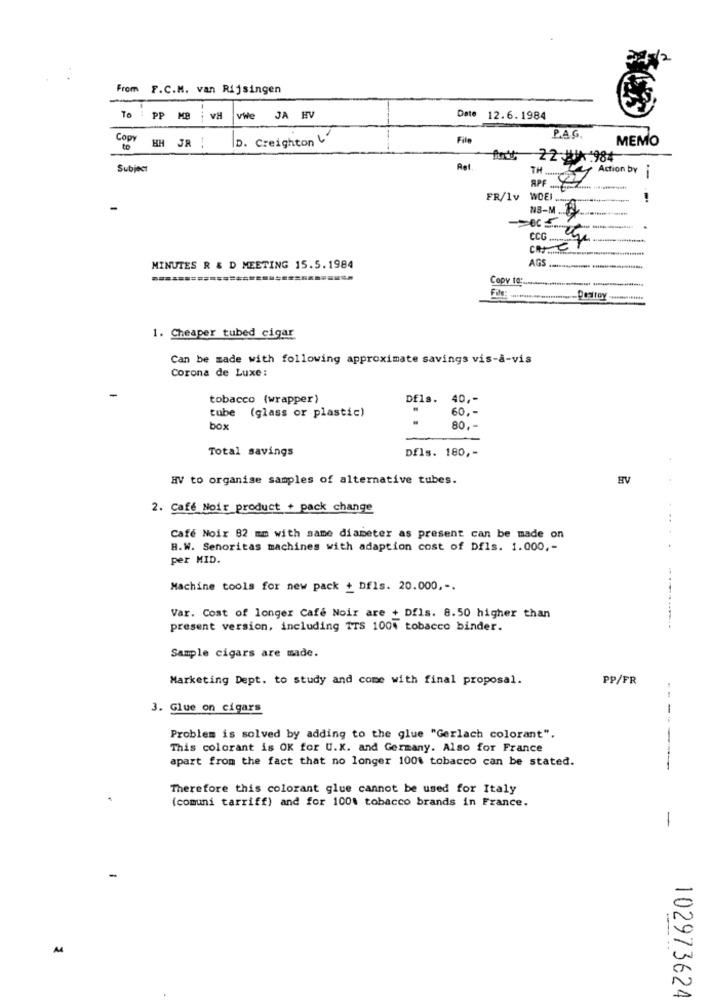
From F.C.M. van Rijsingen
To : PP MB | v# vWe JA HV
Date 12.6.1984
Copy
D. Creighton
File
PAG
MEMO
to
HH JR !
22 # *. 984
Subject
Ret
TH
Action by j
APF ................ .....
FR/Iv
WOEl w
NB-M A
CCG Ge
AGS.
MINUTES R & D MEETING 15.5.1984
Copy to :.
File:
1. Cheaper tubed cigar
Can be made with following approximate savings vis-à-vis
Corona de Luxe:
tobacco (wrapper)
Dfls. 40 ,-
tube (glass or plastic)
60, -
box
80 ,-
Total savings
Dfls. 180 ,-
HV to organise samples of alternative tubes.
BV
2. Café Noir product + pack change
Cafe Noir 82 mm with same diameter as present can be made on
B.W. Senoritas machines with adaption cost of Dfls. 1.000 ,-
.....
per MID.
Machine tools for new pack + Dfls. 20.000 ,-.
Var. Cost of longer Cafe Noir are + Dfls. 8.50 higher than
present version, including ITS 1004 tobacco binder.
Sample cigars are made.
Marketing Dept. to study and come with final proposal.
PP/FR
3. Glue on cigars
---
Problem is solved by adding to the glue "Gerlach colorant".
This colorant is OK for U.K. and Germany. Also for France
apart from the fact that no longer 100% tobacco can be stated.
Therefore this colorant glue cannot be used for Italy
.
(comuni tarriff) and for 100% tobacco brands in France.
-
102973624